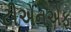
ટીએનએફ